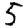
Digit: 5